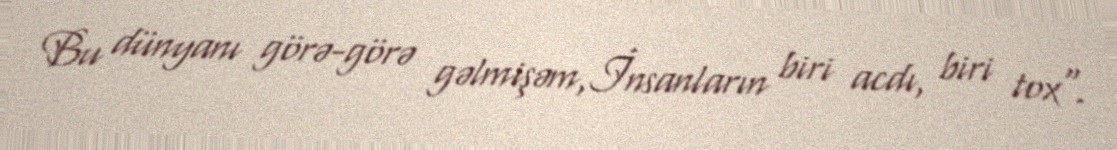
Bu dünyanı görə-görə gəlmişəm,İnsanların biri acdı, biri tox".